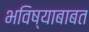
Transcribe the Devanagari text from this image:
भविष्याबाबत